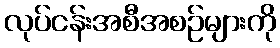
လုပ်ငန်းအစီအစဉ်များကို